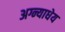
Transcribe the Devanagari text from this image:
अग्न्याधेय